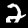
Label: 2